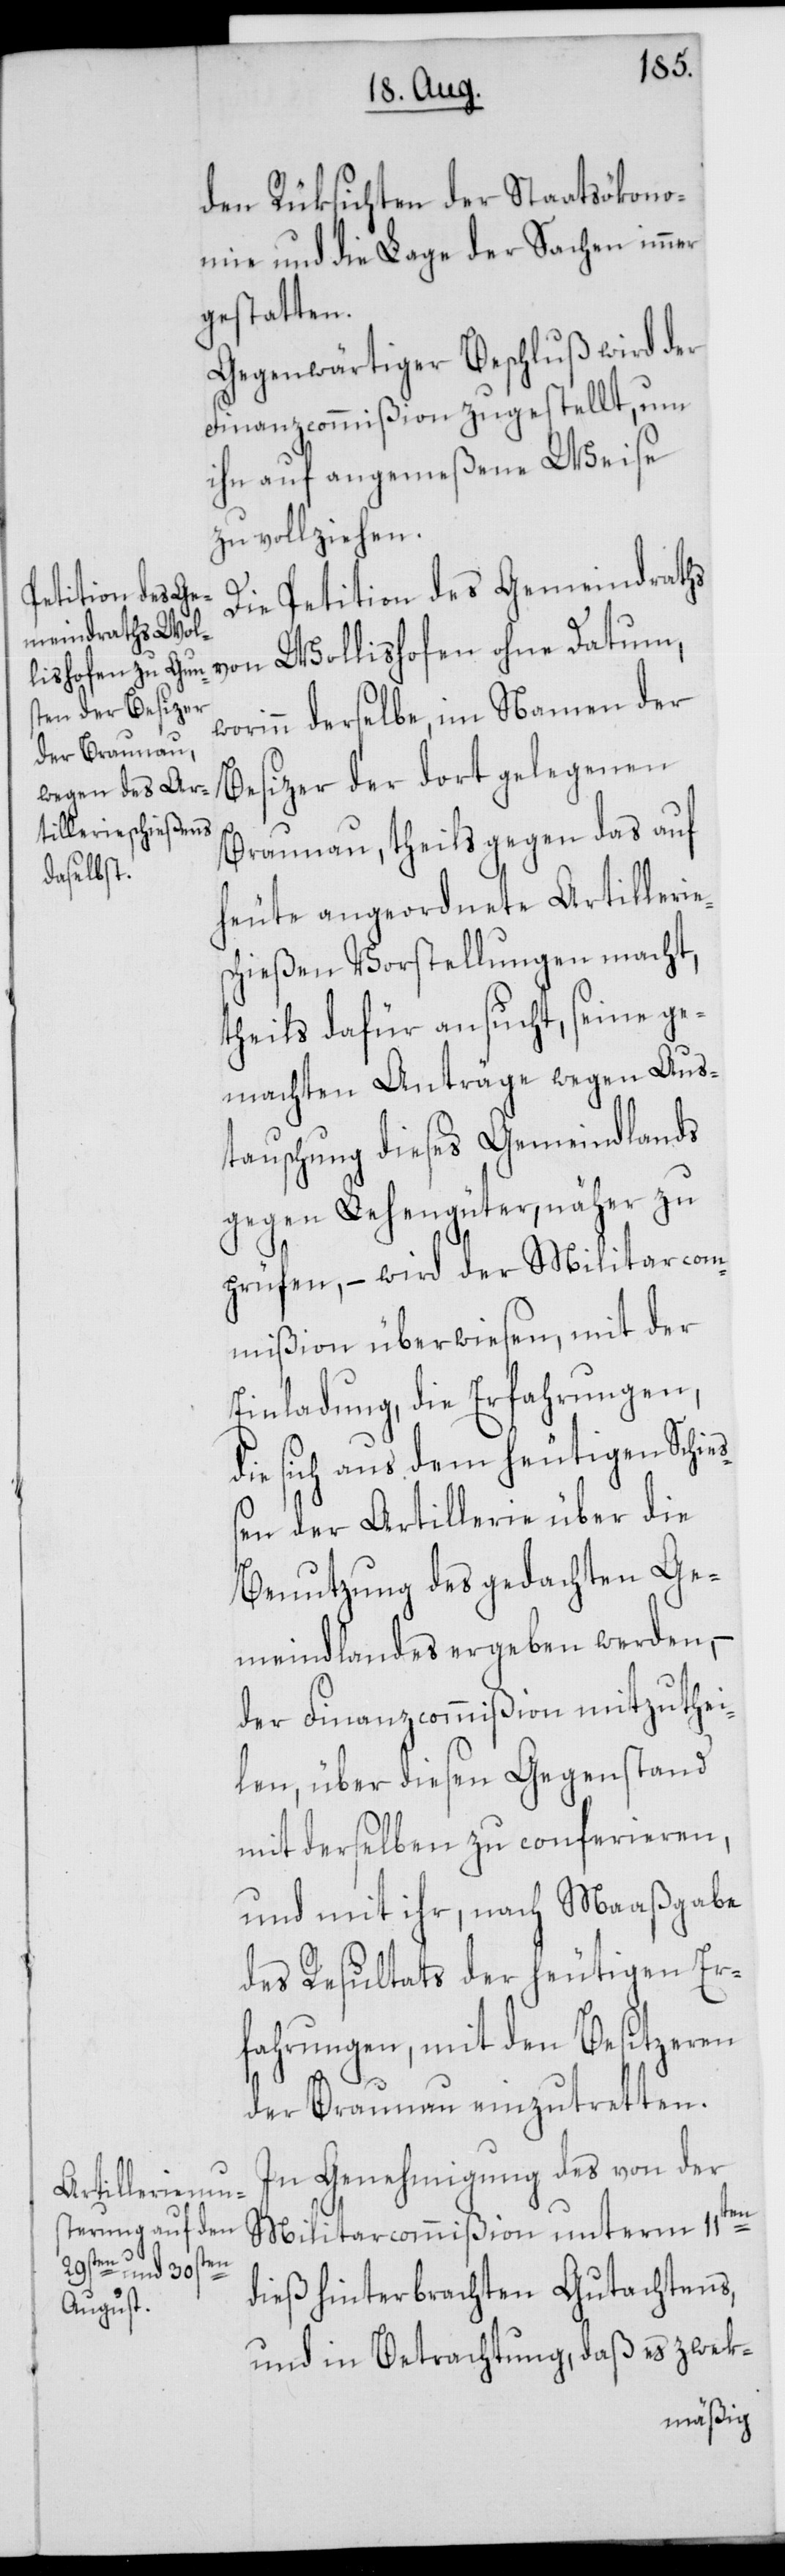
den Rüksichten der Staatsökono¬
mie und die Lage der Sachen immer
gestatten.
Gegenwärtiger Beschluß wird der
Finanzcommißion zugestellt, um
ihn auf angemeßene Weise
zu vollziehen.
Die Petition des Gemeindraths
worinn derselbe, im Namen der
Besizer der dort gelegenen
Braunau, theils gegen das auf
heute angeordnete Artillerie¬
schießen Vorstellungen macht,
theils dafür ansucht, seine ge¬
machten Anträge wegen Aus¬
tauschung dieses Gemeindlands
gegen Lehengüter, näher zu
prüfen, – wird der Militarcom¬
mißion überwiesen, mit der
Einladung, die Erfahrungen,
die sich aus dem heutigen Schie¬
ßen der Artillerie über die
Benutzung des gedachten Ge¬
meindlandes ergeben werden, –
der Finanzcommißion mitzuthei¬
len, über diesen Gegenstand
mit derselben zu conferieren,
und mit ihr, nach Maaßgabe
des Resultats der heutigen Er¬
fahrungen, mit den Besitzeren
der Braunau einzutretten.
In Genehmigung des von der
Militarcommißion unterm 11ten
dieß hinterbrachten Gutachtens,
und in Betrachtung, daß es zweck-